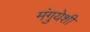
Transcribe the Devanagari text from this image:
मंगुयेशी